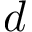
d